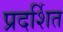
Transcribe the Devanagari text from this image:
प्रदर्शित